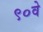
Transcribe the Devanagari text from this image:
९०वे